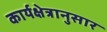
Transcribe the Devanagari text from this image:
कार्यक्षेत्रानुसार